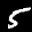
Label: 5